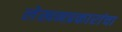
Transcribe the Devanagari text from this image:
लेखनप्रकारांचा